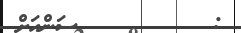
:         ސަންއަށް